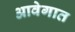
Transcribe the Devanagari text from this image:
आवेगात